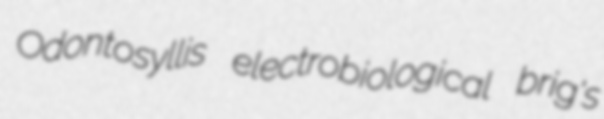
Odontosyllis electrobiological brig's